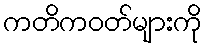
ကတိကဝတ်များကို